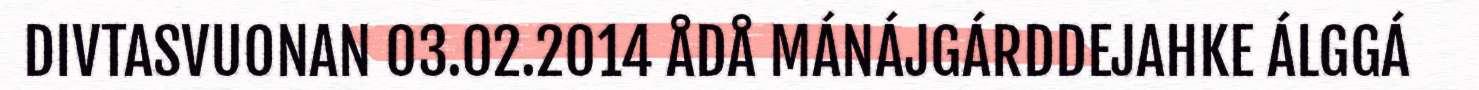
DIVTASVUONAN 03.02.2014 ÅDÅ MÁNÁJGÁRDDEJAHKE ÁLGGÁ